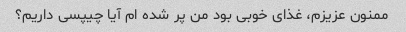
ممنون عزیزم، غذای خوبی بود من پر شده ام آیا چیپسی داریم؟